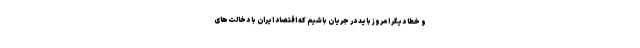
و خطا دیگر امروز باید در جریان باشیم که اقتصاد ایران با دخالت‌های